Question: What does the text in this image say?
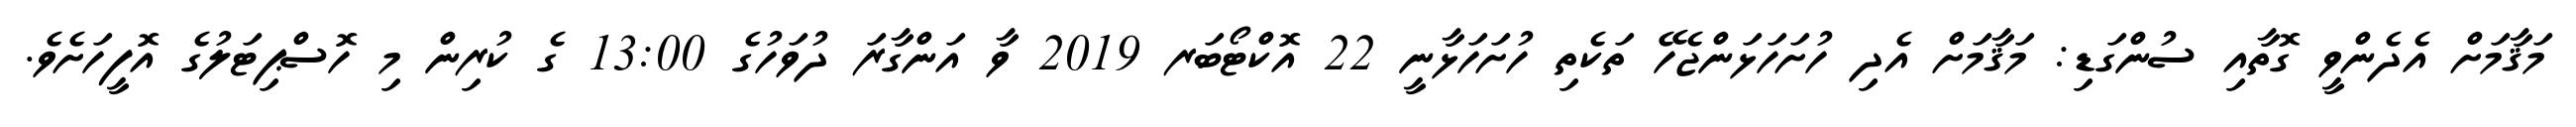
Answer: މަޤާމަށް އެދެންވީ ގޮތާއި ސުންގަޑި: މަޤާމަށް އެދި ހުށަހަޅަންޖެހޭ ތަކެތި ހުށަހަޅާނީ 22 އޮކްޓޯބަރ 2019 ވާ އަންގާރަ ދުވަހުގެ 13:00 ގެ ކުރިން މި ހޮސްޕިޓަލުގެ އޮފީހަށެވެ.